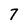
Character: 7